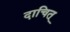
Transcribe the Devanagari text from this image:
दाचित्